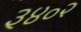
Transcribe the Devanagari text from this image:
३४०२